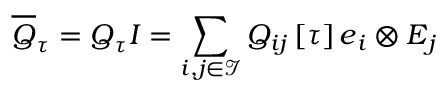
\overline { { \u { Q } } } _ { \u { \tau } } = \boldsymbol { Q } _ { \u { \tau } } \boldsymbol { I } = \sum _ { i , j \in \mathcal { I } } Q _ { i j } \left[ \tau \right] \boldsymbol { e } _ { i } \otimes \boldsymbol { E } _ { j }